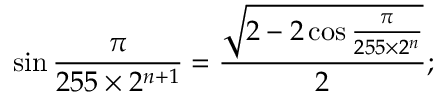
\sin { \frac { \pi } { 2 5 5 \times 2 ^ { n + 1 } } } = { \frac { \sqrt { 2 - 2 \cos { \frac { \pi } { 2 5 5 \times 2 ^ { n } } } } } { 2 } } ;